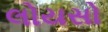
લોયસો